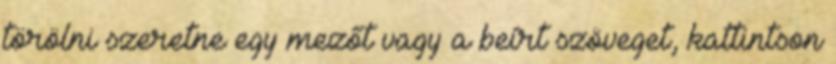
törölni szeretne egy mezőt vagy a beírt szöveget, kattintson